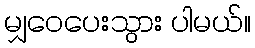
မျှဝေပေးသွား ပါမယ်။